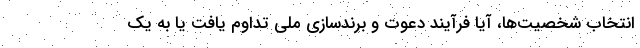
انتخاب شخصیت‌ها، آیا فرآیند دعوت و برندسازی ملی تداوم یافت یا به یک